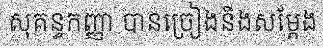
សុគន្ធកញ្ញា បានច្រៀងនិងសម្តែង